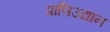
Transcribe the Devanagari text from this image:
प्राणिउद्यान